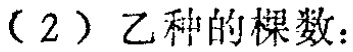
（2）乙种的棵数：